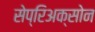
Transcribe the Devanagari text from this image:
सेप्रिअक्सोन